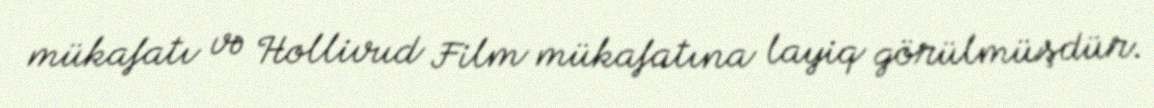
mükafatı və Hollivud Film mükafatına layiq görülmüşdür.